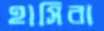
হাসিরা